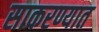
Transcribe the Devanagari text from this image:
साकरण्यात